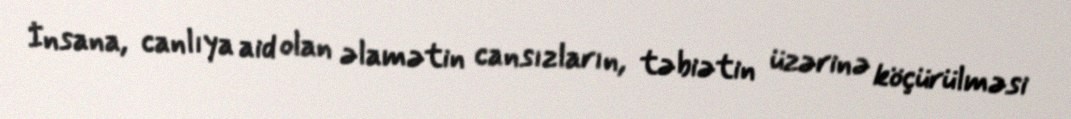
İnsana, canlıya aid olan əlamətin cansızların, təbiətin üzərinə köçürülməsi